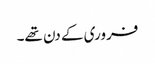
فروری کے دن تھے۔